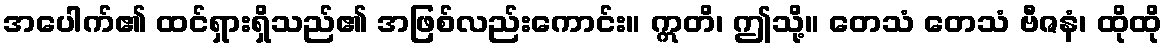
အပေါက်၏ ထင်ရှားရှိသည်၏ အဖြစ်လည်းကောင်း။ ဣတိ၊ ဤသို့။ တေသံ တေသံ ဗီဇနံ၊ ထိုထို